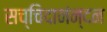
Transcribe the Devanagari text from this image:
सच्चिदानंन्दन